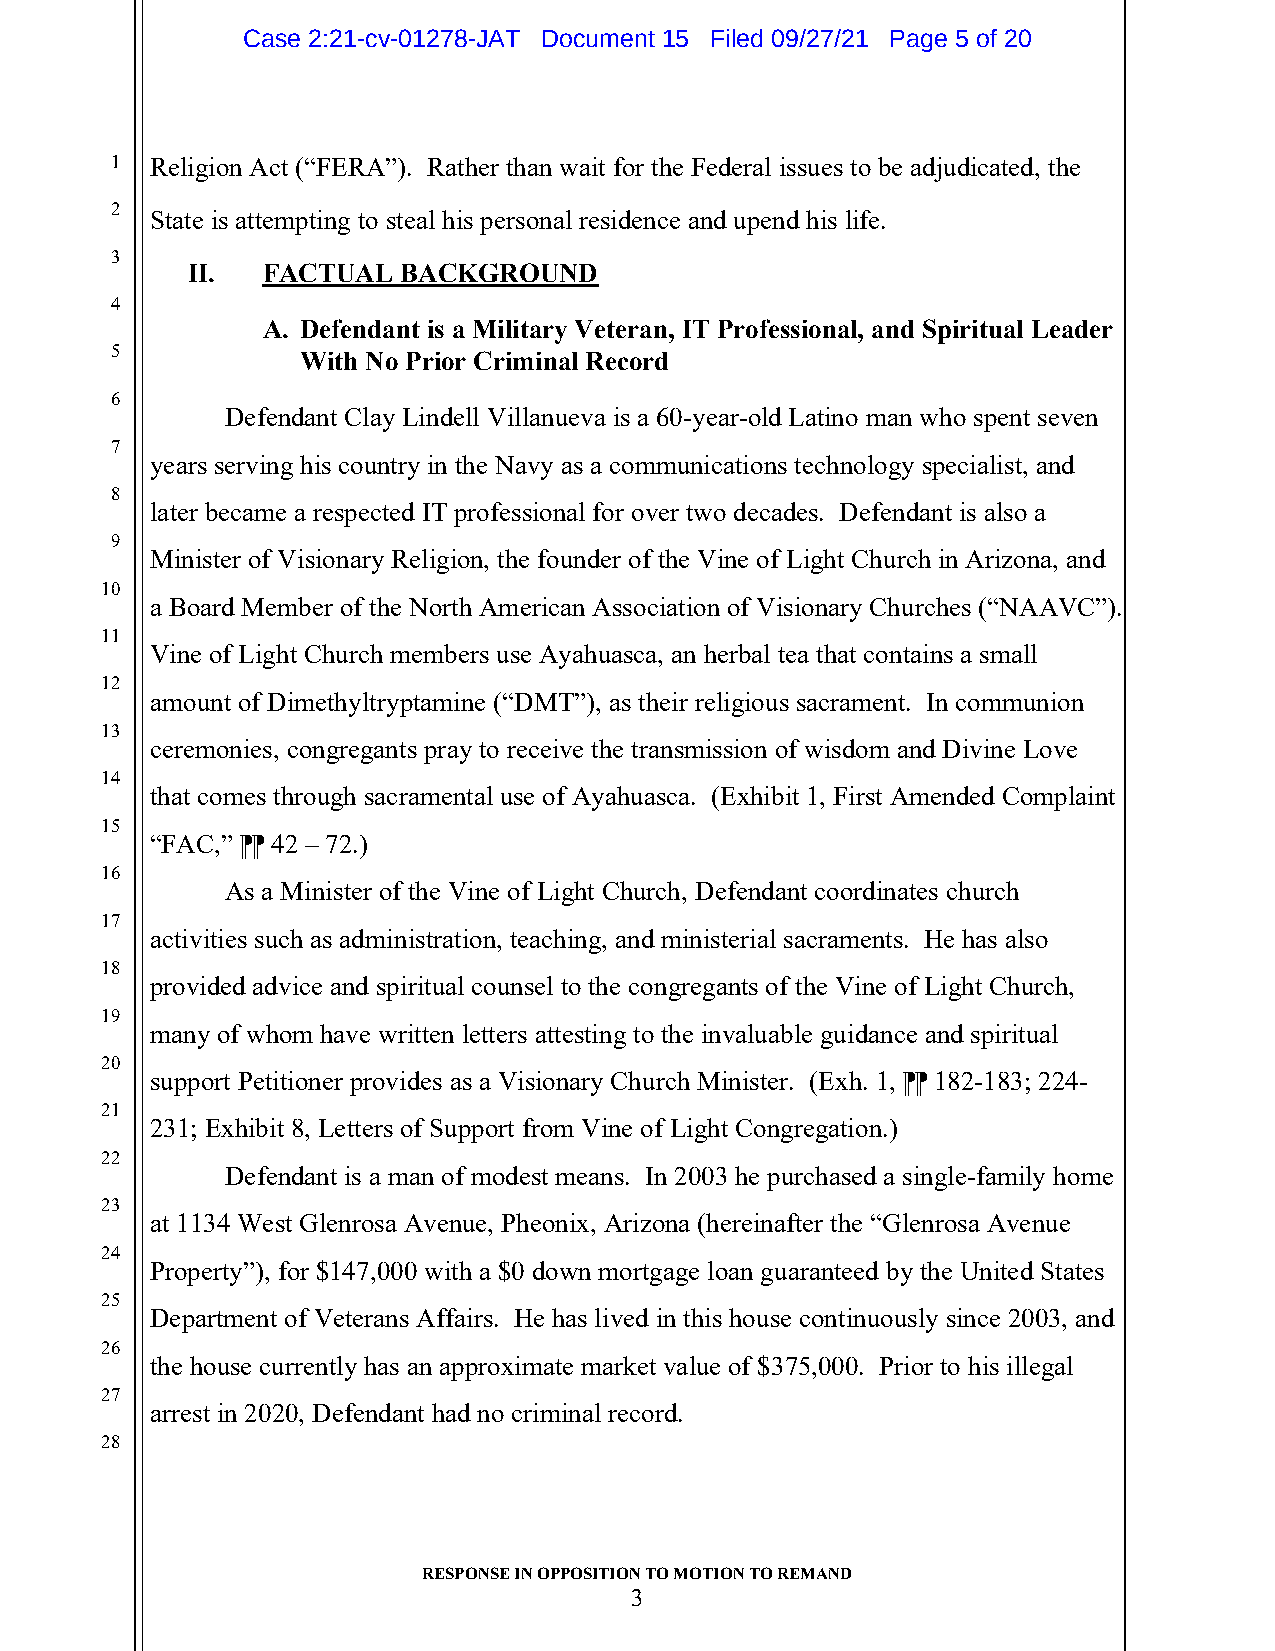
Case 2:21-cv-01278-JAT Document 15 Filed 09/27/21 Page 5 of 20
 1  Religion Act (“FERA”). Rather than wait for the Federal issues to be adjudicated, the
 2
 State is attempting to steal his personal residence and upend his life.
 3
 II.  FACTUAL  BACKGROUND
 4
 A. Defendant is a Military Veteran, IT Professional, and Spiritual Leader
 5            With No Prior Criminal Record
 6
 Defendant Clay Lindell Villanueva is a 60-year-old Latino man who spent seven
 7
 years serving his country in the Navy as a communications technology specialist, and
 8
 later became a respected IT professional for over two decades. Defendant is also a
 9
 Minister of Visionary Religion, the founder of the Vine of Light Church in Arizona, and
 10
 a Board Member of the North American Association of Visionary Churches (“NAAVC”).
 11
 Vine of Light Church members use Ayahuasca, an herbal tea that contains a small
 12
 amount of Dimethyltryptamine (“DMT”), as their religious sacrament. In communion
 13
 ceremonies, congregants pray to receive the transmission of wisdom and Divine Love
 14
 that comes through sacramental use of Ayahuasca. (Exhibit 1, First Amended Complaint
 15
 “FAC,” ⁋⁋ 42 – 72.)
 16
 As a Minister of the Vine of Light Church, Defendant coordinates church
 17
 activities such as administration, teaching, and ministerial sacraments. He has also
 18
 provided advice and spiritual counsel to the congregants of the Vine of Light Church,
 19
 many of whom have written letters attesting to the invaluable guidance and spiritual
 20
 support Petitioner provides as a Visionary Church Minister. (Exh. 1, ⁋⁋ 182-183; 224-
 21
 231; Exhibit 8, Letters of Support from Vine of Light Congregation.)
 22
 Defendant is a man of modest means. In 2003 he purchased a single-family home
 23
 at 1134 West Glenrosa Avenue, Pheonix, Arizona (hereinafter the “Glenrosa Avenue
 24
 Property”), for $147,000 with a $0 down mortgage loan guaranteed by the United States
 25
 Department of Veterans Affairs. He has lived in this house continuously since 2003, and
 26
 the house currently has an approximate market value of $375,000. Prior to his illegal
 27
 arrest in 2020, Defendant had no criminal record.
 28
 RESPONSE IN OPPOSITION TO MOTION TO REMAND
 3